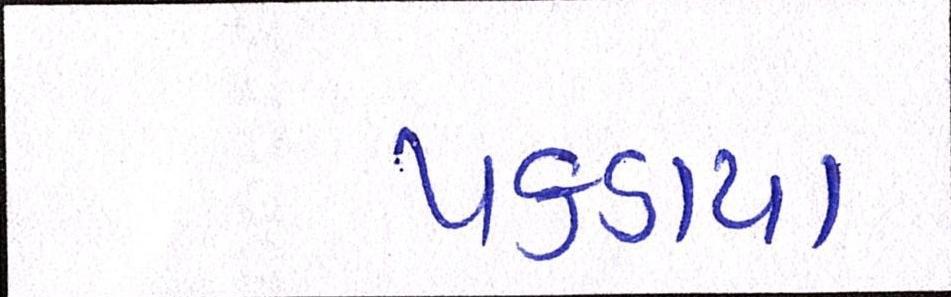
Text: પકડાયા